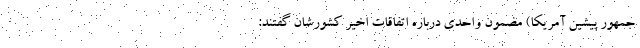
جمهور پیشین آمریکا) مضمون واحدی درباره اتفاقات اخیر کشورشان گفتند: